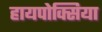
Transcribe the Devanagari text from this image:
हायपोक्सिया